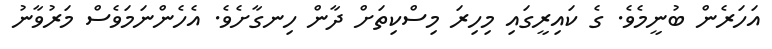
އަހަރެން ބުނީމެވެ. ގެ ކައިރީގައި މިހިރަ މިސްކިތަށް ދާން ހިނގާށެވެ. އެހެންނަމަވެސް މަރުވާނު